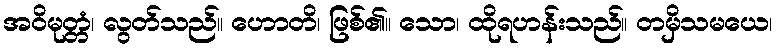
အဝိမုတ္တံ၊ လွတ်သည်။ ဟောတိ၊ ဖြစ်၏။ သော၊ ထိုရဟန်းသည်။ တမှိသမယေ၊